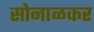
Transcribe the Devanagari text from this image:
सोनाळकर